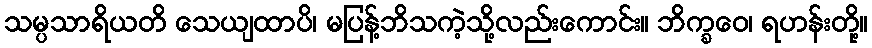
သမ္ပသာရိယတိ သေယျထာပိ၊ မပြန့်ဘိသကဲ့သို့လည်းကောင်း။ ဘိက္ခဝေ၊ ရဟန်းတို့။